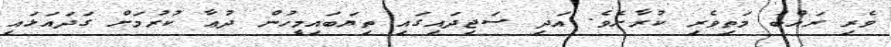
ވެރި ރައްބު މަތިވެރި ކުރާށެވެ. އަދި ސަޖިދައިގައި ތިޔަބައިމީހުން ދުޢާ ކުރުމަށް ގަދައަޅައި